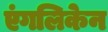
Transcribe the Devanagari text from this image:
एंगलिकेन